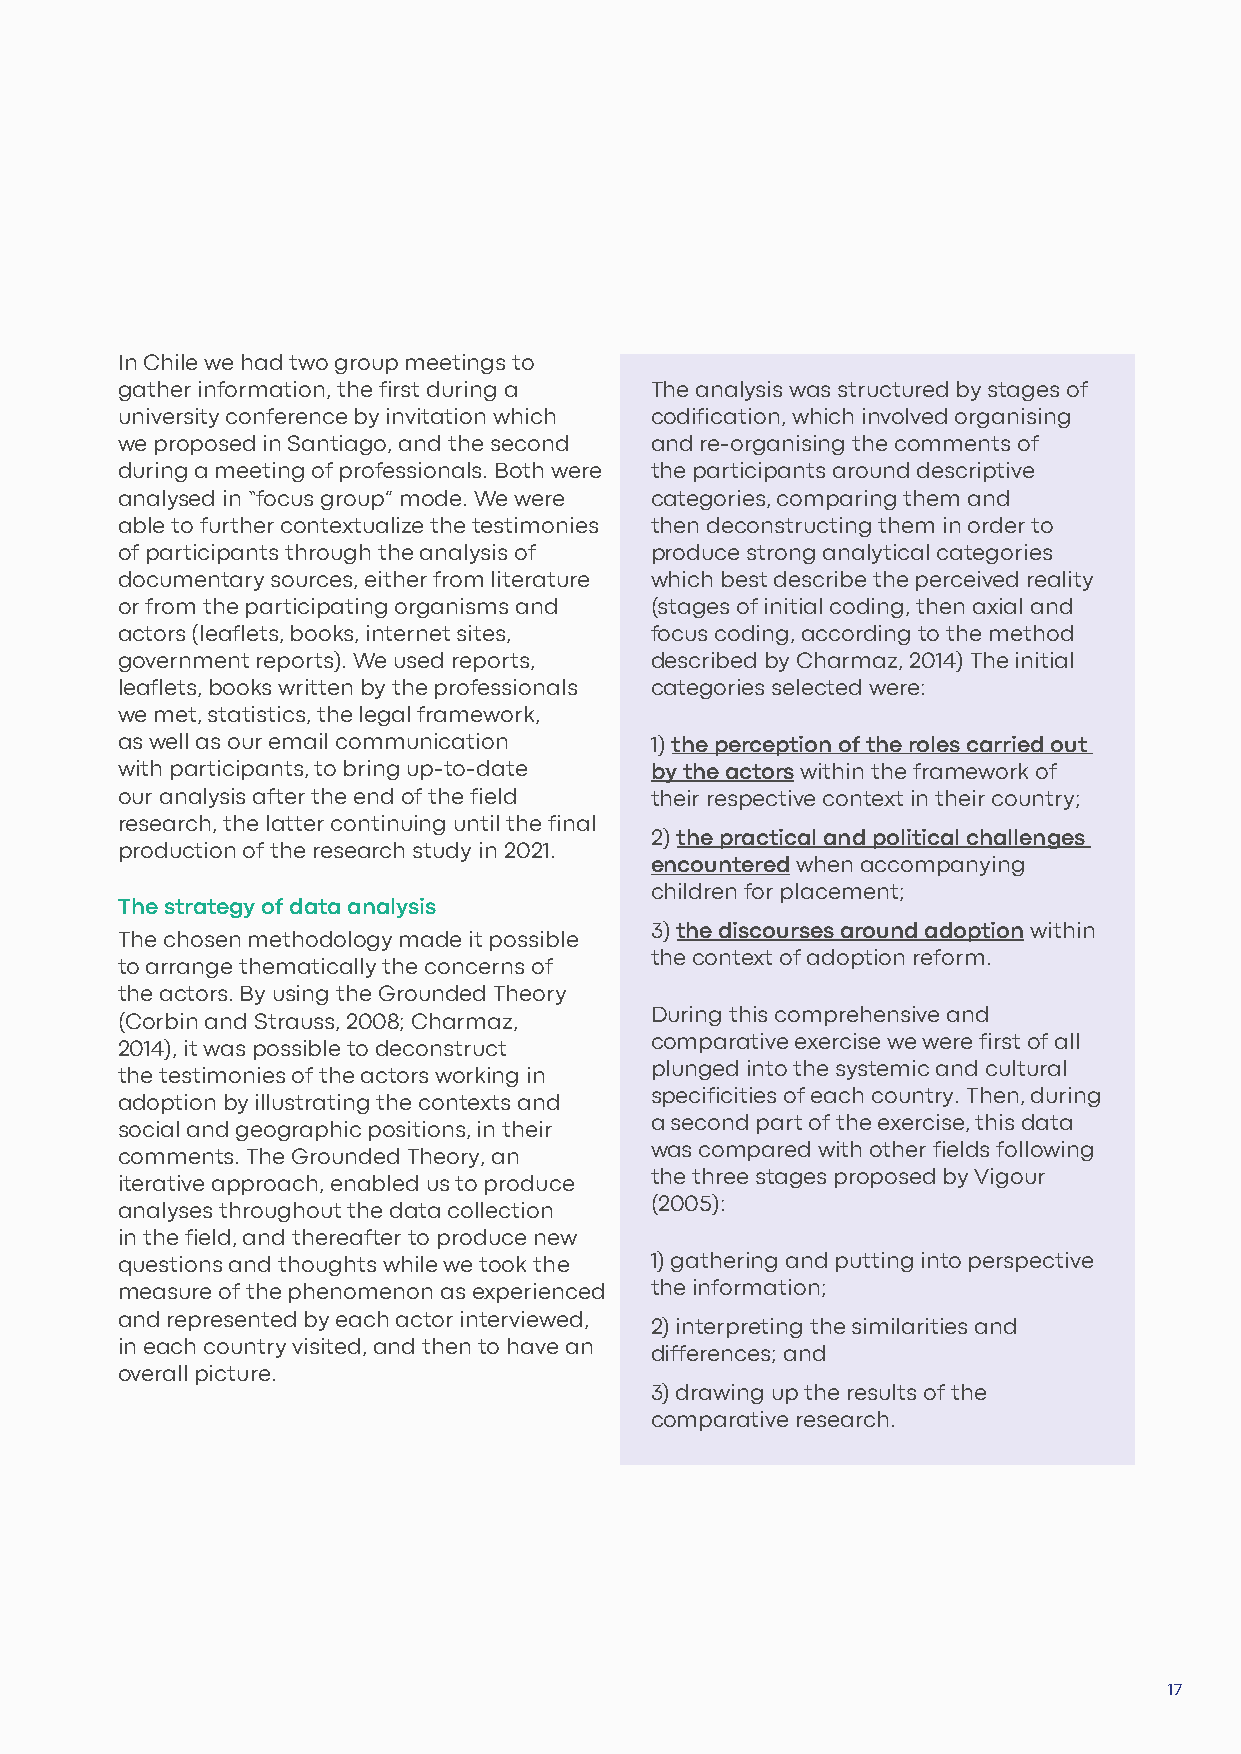
In Chile we had two group meetings to
 gather information, the first during a The analysis was structured by stages of
 university conference by invitation which codification, which involved organising
 we proposed in Santiago, and the second and re-organising the comments of
 during a meeting of professionals. Both were the participants around descriptive
 analysed in “focus group” mode. We were categories, comparing them and
 able to further contextualize the testimonies then deconstructing them in order to
 of participants through the analysis of produce strong analytical categories
 documentary sources, either from literature which best describe the perceived reality
 or from the participating organisms and (stages of initial coding, then axial and
 actors (leaflets, books, internet sites, focus coding, according to the method
 government reports). We used reports, described by Charmaz, 2014) The initial
 leaflets, books written by the professionals categories selected were:
 we met, statistics, the legal framework,
 as well as our email communication 1) the perception of the roles carried out
 with participants, to bring up-to-date by the actors within the framework of
 our analysis after the end of the field their respective context in their country;
 research, the latter continuing until the final
 2) the practical and political challenges
 production of the research study in 2021.
 encountered when accompanying
 children for placement;
 The strategy of data analysis
 3) the discourses around adoption within
 The chosen methodology made it possible
 the context of adoption reform.
 to arrange thematically the concerns of
 the actors. By using the Grounded Theory
 During this comprehensive and
 (Corbin and Strauss, 2008; Charmaz,
 comparative exercise we were first of all
 2014), it was possible to deconstruct
 plunged into the systemic and cultural
 the testimonies of the actors working in
 specificities of each country. Then, during
 adoption by illustrating the contexts and
 a second part of the exercise, this data
 social and geographic positions, in their
 was compared with other fields following
 comments. The Grounded Theory, an
 the three stages proposed by Vigour
 iterative approach, enabled us to produce
 (2005):
 analyses throughout the data collection
 in the field, and thereafter to produce new
 questions and thoughts while we took the 1) gathering and putting into perspective
 measure of the phenomenon as experienced the information;
 and represented by each actor interviewed,
 2) interpreting the similarities and
 in each country visited, and then to have an
 differences; and
 overall picture.
 3) drawing up the results of the
 comparative research.
 17